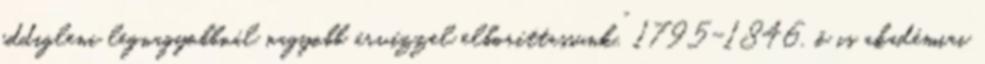
eddigleni legnagyobbnál nagyobb árvízzel elboríttassunk.”. 1795-1846, õ is akadémiai